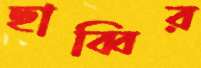
ছাব্বির